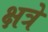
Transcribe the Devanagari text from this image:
क्षत्रे